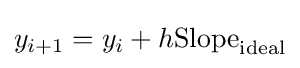
y_{i+1}=y_{i}+h{\text{Slope}}_{\text{ideal}}